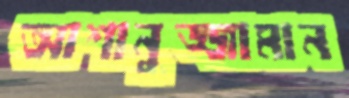
আশানুজ্জামান